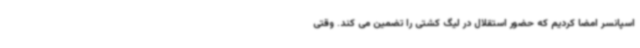
اسپانسر امضا کردیم که حضور استقلال در لیگ کشتی را تضمین می کند. وقتی